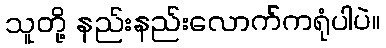
သူတို့ နည်းနည်းလောက်ကရုံပါပဲ။